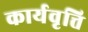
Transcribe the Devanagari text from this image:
कार्यवृत्ति